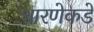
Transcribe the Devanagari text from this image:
धारणेकडे